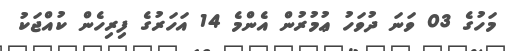
މަހުގެ 03 ވަނަ ދުވަހު ޢުމުރުން އެންމެ 14 އަހަރުގެ ފިރިހެން ކުއްޖަކު